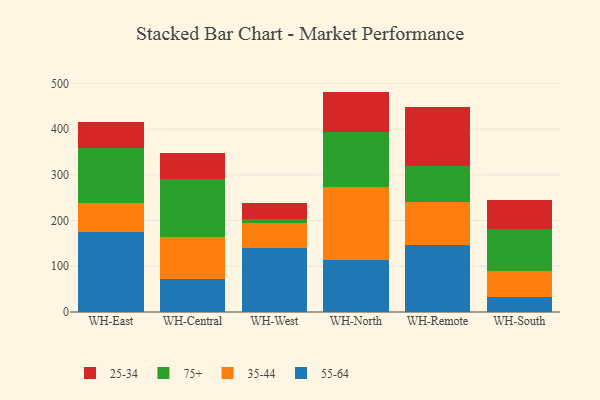
{"axis": {"x": "Warehouse", "y": "Conversion Rate (%)"}, "legend": ["25-34", "35-44", "55-64", "75+"], "data": [{"x": "WH-East", "y": 174.5, "type": "55-64"}, {"x": "WH-East", "y": 63.0, "type": "35-44"}, {"x": "WH-East", "y": 120.5, "type": "75+"}, {"x": "WH-East", "y": 57.6, "type": "25-34"}, {"x": "WH-Central", "y": 71.4, "type": "55-64"}, {"x": "WH-Central", "y": 92.3, "type": "35-44"}, {"x": "WH-Central", "y": 127.0, "type": "75+"}, {"x": "WH-Central", "y": 57.9, "type": "25-34"}, {"x": "WH-West", "y": 139.3, "type": "55-64"}, {"x": "WH-West", "y": 55.4, "type": "35-44"}, {"x": "WH-West", "y": 7.9, "type": "75+"}, {"x": "WH-West", "y": 36.6, "type": "25-34"}, {"x": "WH-North", "y": 113.9, "type": "55-64"}, {"x": "WH-North", "y": 160.0, "type": "35-44"}, {"x": "WH-North", "y": 120.5, "type": "75+"}, {"x": "WH-North", "y": 87.7, "type": "25-34"}, {"x": "WH-Remote", "y": 146.4, "type": "55-64"}, {"x": "WH-Remote", "y": 93.5, "type": "35-44"}, {"x": "WH-Remote", "y": 78.5, "type": "75+"}, {"x": "WH-Remote", "y": 129.6, "type": "25-34"}, {"x": "WH-South", "y": 32.8, "type": "55-64"}, {"x": "WH-South", "y": 56.5, "type": "35-44"}, {"x": "WH-South", "y": 92.2, "type": "75+"}, {"x": "WH-South", "y": 64.1, "type": "25-34"}]}